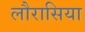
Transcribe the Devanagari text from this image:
लौरासिया